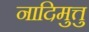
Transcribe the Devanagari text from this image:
नादिमुत्तु